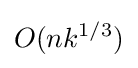
O(nk^{1/3})